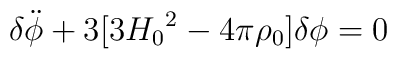
{\delta}\ddot{\phi}+3[3{H_{0}}^{2}-4{\pi}{\rho}_{0}]{\delta}{\phi}=0